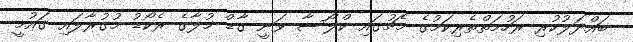
ބައްދަލުކުރި ރަހުމަތްތެރިކަމުގެ މެޗުގައި ކްލޯސާ ވަނީ ގާޑް މުލާގެ ރެކޯޑު މުގުރާލައި ގައުމީ